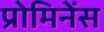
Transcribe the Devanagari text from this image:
प्रोमिनेंस